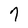
Character: 7